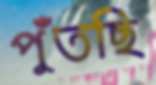
পুঁতছি